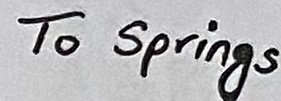
Text: To Springs